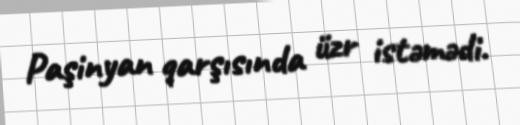
Paşinyan qarşısında üzr istəmədi.